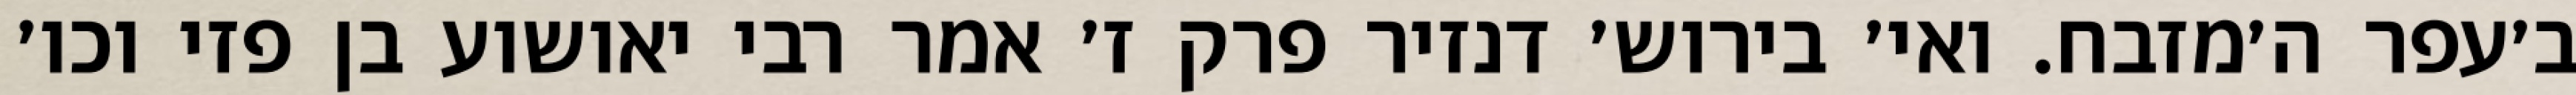
ב׳עפר ה׳מזבח. ואי׳ בירוש׳ דנזיר פרק ז׳ אמר רבי יאושוע בן פזי וכו׳